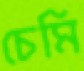
চেমি